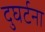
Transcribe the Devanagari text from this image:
दुघर्टना